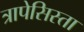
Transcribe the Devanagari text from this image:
त्रापेसिस्ता